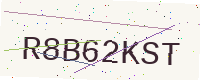
Text: R8B62KST